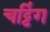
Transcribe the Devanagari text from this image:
चट्टिंग